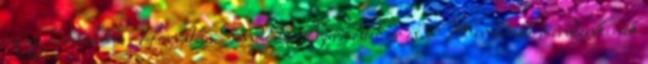
nagy örömünkre Horváth Sándor polgármester úr is. Mindenki mindenkinek